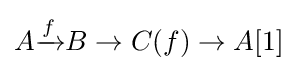
A{\xrightarrow {f}}B\to C(f)\to A[1]